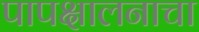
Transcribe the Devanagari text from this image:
पापक्षालनाचा